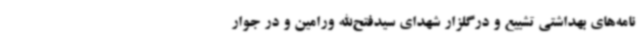
نامه‌های بهداشتی تشییع و درگلزار شهدای سیدفتح‌الله ورامین و در جوار